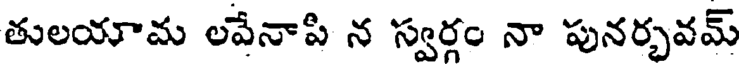
తులయామ లపేనాపి న స్వర్గం నా పునర్భవమ్